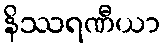
နိဿရဏီယာ